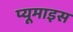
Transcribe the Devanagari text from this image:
प्यूमाइस